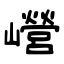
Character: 巆